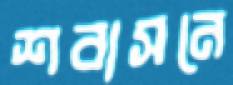
শবাসনে